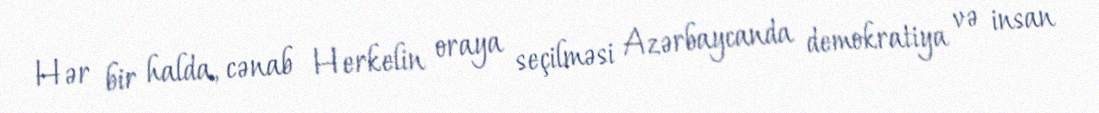
Hər bir halda, cənab Herkelin oraya seçilməsi Azərbaycanda demokratiya və insan